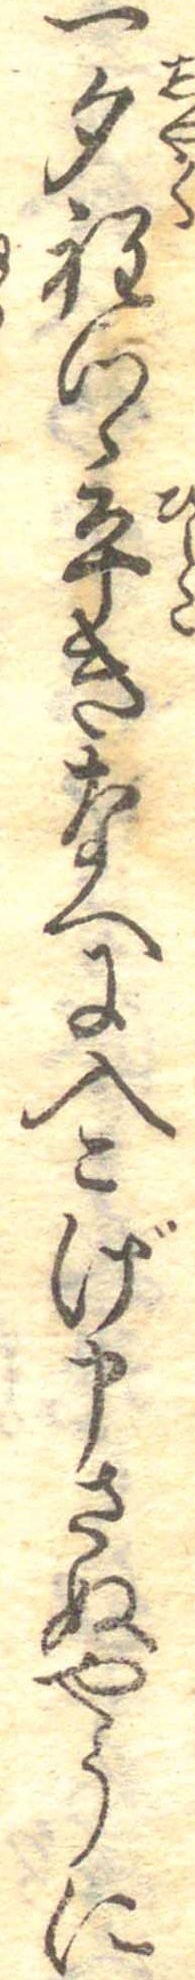
一勺程つゝ平きなへに入こげ申さぬやうに